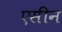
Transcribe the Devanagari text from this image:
एसीन